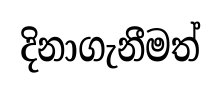
දිනාගැනීමත්